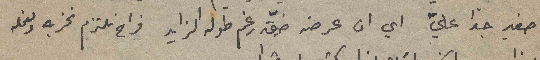
صغير جداً عليّ اي ان عرضه ضيّق رغم طوله الزايد فراح نلتزم نخربه ونعمله